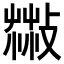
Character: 𦷻